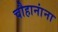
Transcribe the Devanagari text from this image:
चौहानांना